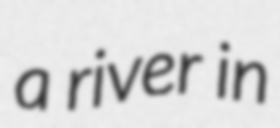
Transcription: a river in